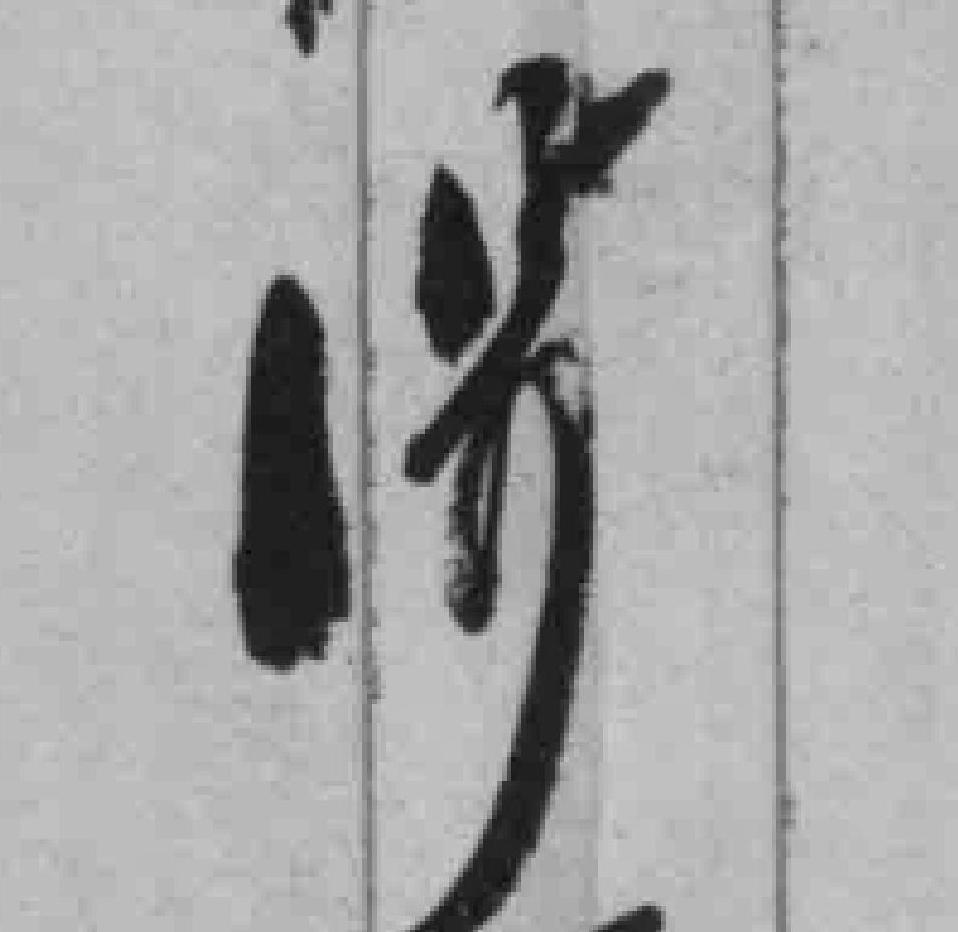
涉